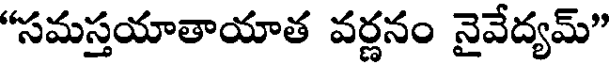
"సమస్తయాతాయాత వర్ణనం నైవేద్యమ్"